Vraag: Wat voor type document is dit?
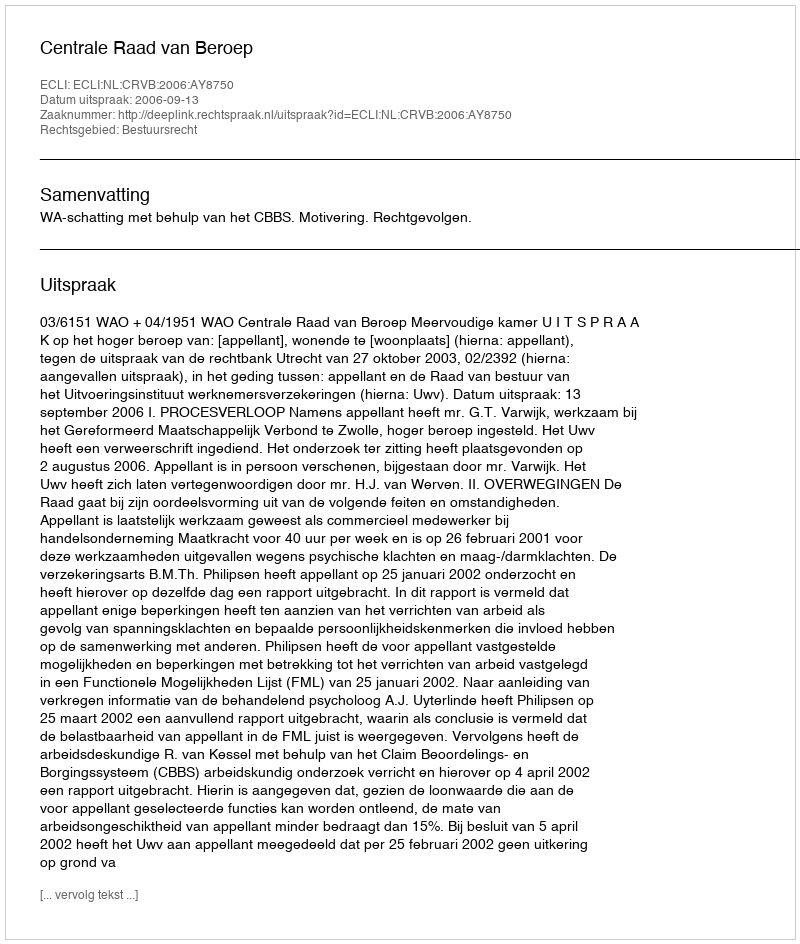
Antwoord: Uitspraak